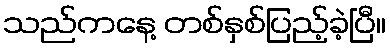
သည်ကနေ့ တစ်နှစ်ပြည့်ခဲ့ပြီ။